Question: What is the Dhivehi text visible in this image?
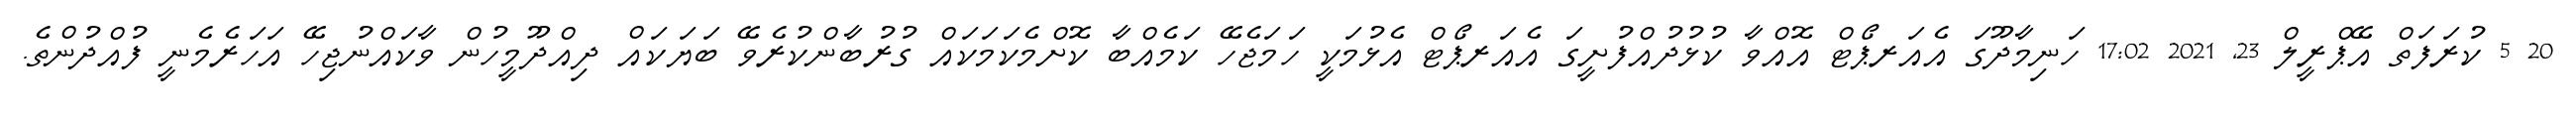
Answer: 20 5 ކުރަފަތް އޭޕްރީލް 23, 2021 17:02 ހަނިމާދޫގަ އެއަރޕޯޓް އޮއްވާ ކުޅުދުއްފުށީގަ އެއަރޕޯޓް އެޅުމަކީ ހަމަޖެހޭ ކަމެއްބާ ކޮށްމެކަމަކައް ގުރުބާންކުރެވޭ ބަޔަކައް ދިއްދޫމީހުން ވާކައްނުޖިހޭ އަހަރެމެނީ ފުއްދުންތެ.